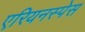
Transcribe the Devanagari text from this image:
एरियनस्पेस